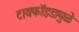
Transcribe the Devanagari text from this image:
टायफॉइडामुळे